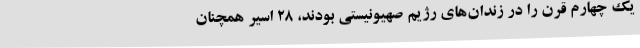
یک چهارم قرن را در زندان‌های رژیم صهیونیستی بودند، 28 اسیر همچنان